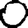
Digit: 0